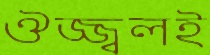
ঔজ্জ্বলই